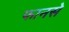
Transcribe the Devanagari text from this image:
फानसे